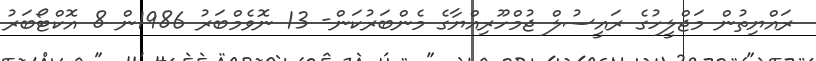
ރައްޔިތުން މަޖްލީހުގެ ރައީސުލް ޖުމްހޫރިއްޔާގެ މެންބަރުކަން- 13 ނޮވެމްބަރު 1986ން 8 އޮކްޓޯބަރު